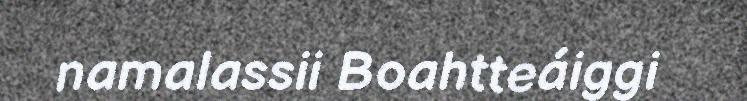
namalassii Boahtteáiggi